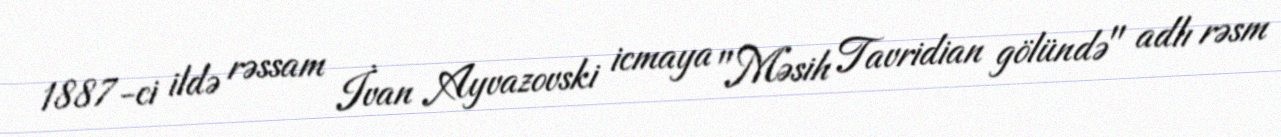
1887-ci ildə rəssam İvan Ayvazovski icmaya "Məsih Tavridian gölündə" adlı rəsm